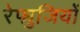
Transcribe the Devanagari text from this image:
रेफ्युजियों